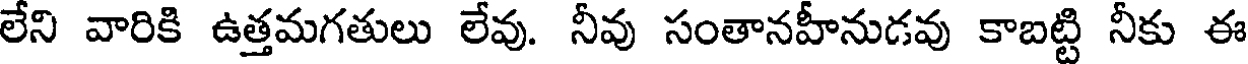
లేని వారికి ఉత్తమగతులు లేవు. నీవు సంతానహీనుడవు కాబట్టి నీకు ఈ